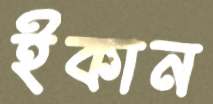
ইকান